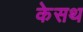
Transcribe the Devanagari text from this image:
केसथ